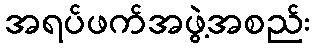
အရပ်ဖက်အဖွဲ့အစည်း